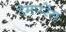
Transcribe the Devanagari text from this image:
टेमपरेंस